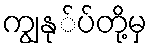
ကျွနု်ပ်တို့မှ